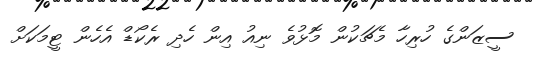
ސީޒަންގެ ހުރިހާ މެޗަކުން މޮޅުވެ ނިއު އިން ހެދި ރެކޯޑް އެހެން ޓީމަކަށް